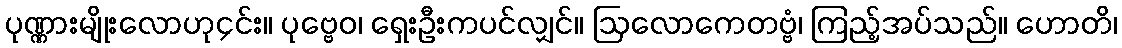
ပုဏ္ဏားမျိုးလောဟု၄င်း။ ပုဗ္ဗေဝ၊ ရှေးဦးကပင်လျှင်။ ဩလောကေတဗ္ဗံ၊ ကြည့်အပ်သည်။ ဟောတိ၊